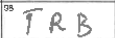
Transcription: TRB